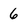
Character: 6